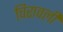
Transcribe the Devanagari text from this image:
चिरावली